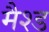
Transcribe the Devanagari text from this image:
मैश्ड